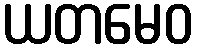
ယတမေဝ